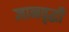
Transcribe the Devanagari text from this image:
ज्ञानवृद्धी